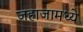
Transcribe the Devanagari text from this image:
जहाजामध्ये